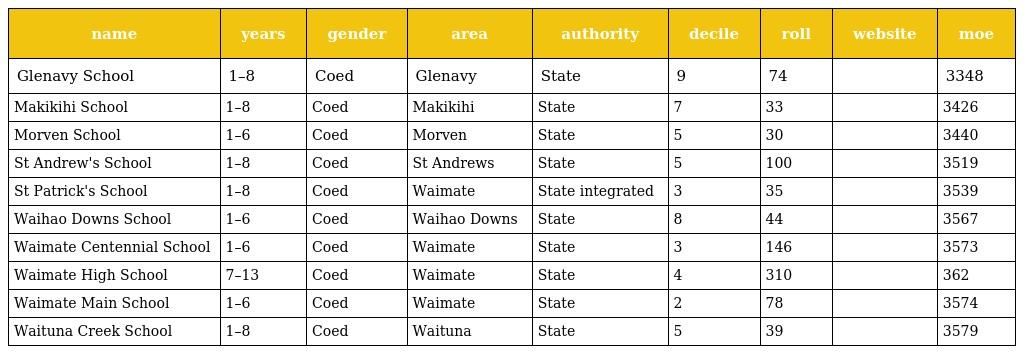
| name | years | gender | area | authority | decile | roll | website | moe |
 | --- | --- | --- | --- | --- | --- | --- | --- | --- |
 | Glenavy School | 1–8 | Coed | Glenavy | State | 9 | 74 |  | 3348 |
 | Makikihi School | 1–8 | Coed | Makikihi | State | 7 | 33 |  | 3426 |
 | Morven School | 1–6 | Coed | Morven | State | 5 | 30 |  | 3440 |
 | St Andrew's School | 1–8 | Coed | St Andrews | State | 5 | 100 |  | 3519 |
 | St Patrick's School | 1–8 | Coed | Waimate | State integrated | 3 | 35 |  | 3539 |
 | Waihao Downs School | 1–6 | Coed | Waihao Downs | State | 8 | 44 |  | 3567 |
 | Waimate Centennial School | 1–6 | Coed | Waimate | State | 3 | 146 |  | 3573 |
 | Waimate High School | 7–13 | Coed | Waimate | State | 4 | 310 |  | 362 |
 | Waimate Main School | 1–6 | Coed | Waimate | State | 2 | 78 |  | 3574 |
 | Waituna Creek School | 1–8 | Coed | Waituna | State | 5 | 39 |  | 3579 |